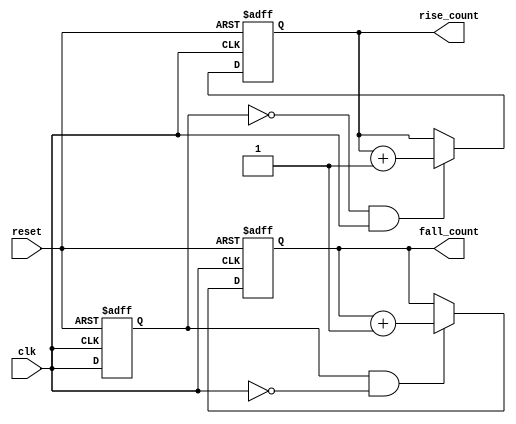
module edge_counter (
    input wire clk,            // Clock input
    input wire reset,          // Asynchronous reset
    output reg [31:0] rise_count, // Count of rising edges
    output reg [31:0] fall_count  // Count of falling edges
);

    reg prev_clk; // Register to hold the previous state of the clock

    always @(posedge clk or posedge reset) begin
        if (reset) begin
            // Reset the counts and previous clock state
            rise_count <= 32'b0;
            fall_count <= 32'b0;
            prev_clk <= 1'b0; // Reset previous clock state
        end else begin
            // Edge detection logic
            if (prev_clk == 1'b0 && clk == 1'b1) begin
                // Rising edge detected
                rise_count <= rise_count + 1;
            end 
            if (prev_clk == 1'b1 && clk == 1'b0) begin
                // Falling edge detected
                fall_count <= fall_count + 1;
            end
            // Update previous clock state
            prev_clk <= clk;
        end
    end

endmodule